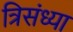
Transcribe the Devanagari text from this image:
त्रिसंध्या